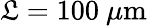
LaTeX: \mathfrak{L}=100\ \mu\mathrm{{m}}